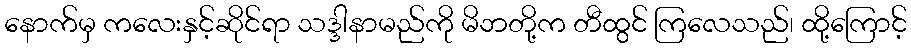
နောက်မှ ကလေးနှင့်ဆိုင်ရာ သဒ္ဒါနာမည်ကို မိဘတို့က တီထွင် ကြလေသည်၊ ထို့ကြောင့်